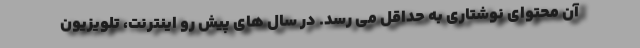
آن محتوای نوشتاری به حداقل می رسد. در سال های پیش رو اینترنت، تلویزیون